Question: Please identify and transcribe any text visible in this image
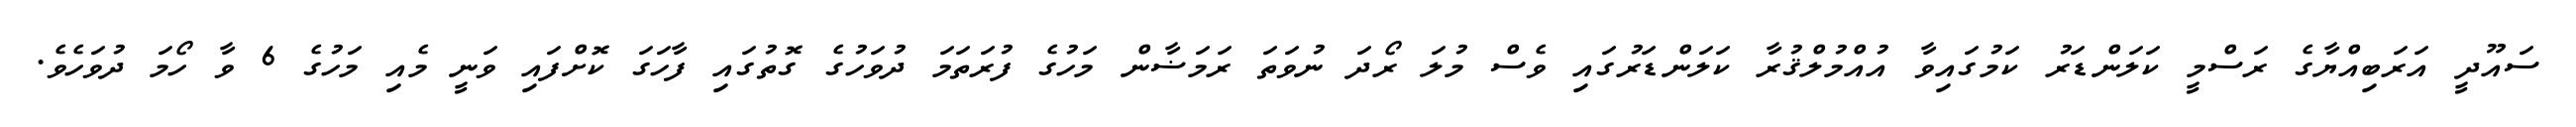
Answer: ސައޫދީ އަރަބިއްޔާގެ ރަސްމީ ކަލަންޑަރު ކަމުގައިވާ އުއްމުލްޤުރާ ކަލަންޑަރުގައި ވެސް މުލަ ރޯދަ ނުވަތަ ރަމަޟާން މަހުގެ ފުރަތަމަ ދުވަހުގެ ގޮތުގައި ފާހަގަ ކޮށްފައި ވަނީ މެއި މަހުގެ 6 ވާ ހޯމަ ދުވަހެވެ.